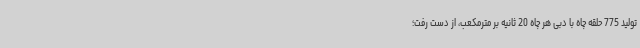
تولید 775 حلقه چاه با دبی هر چاه 20 ثانیه بر مترمکعب، از دست رفت؛